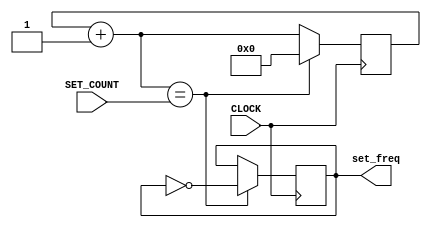
`timescale 1ns / 1ps
//////////////////////////////////////////////////////////////////////////////////
// Company: 
// Engineer: 
// 
// Design Name: 
// Module Name: clock_module
// Project Name: 
// Target Devices: 
// Tool Versions: 
// Description: 
// 
// Dependencies: 
// 
// Revision:
// Revision 0.01 - File Created
// Additional Comments:
// 
//////////////////////////////////////////////////////////////////////////////////


module modular_clock(
    input CLOCK,
    input [30:0] SET_COUNT,
    output reg set_freq = 0
    );
    
    reg [30:0] COUNT = 0;
always @ (posedge CLOCK) begin
    COUNT = COUNT + 1;
    
    set_freq <= ( COUNT == SET_COUNT ) ? ~set_freq: set_freq;
    COUNT = ( COUNT == SET_COUNT ) ? 0:COUNT;
end
endmodule